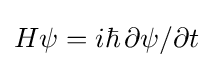
H\psi =i\hbar \,\partial \psi /\partial t